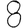
Digit: 8